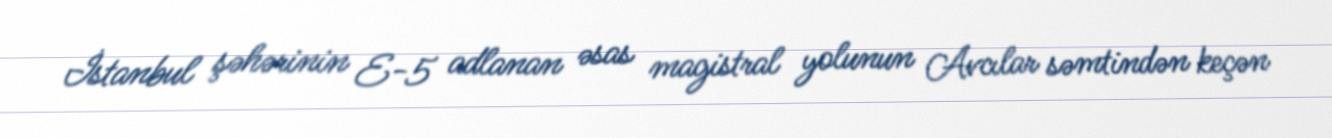
İstanbul şəhərinin E-5 adlanan əsas magistral yolunun Avcılar səmtindən keçən